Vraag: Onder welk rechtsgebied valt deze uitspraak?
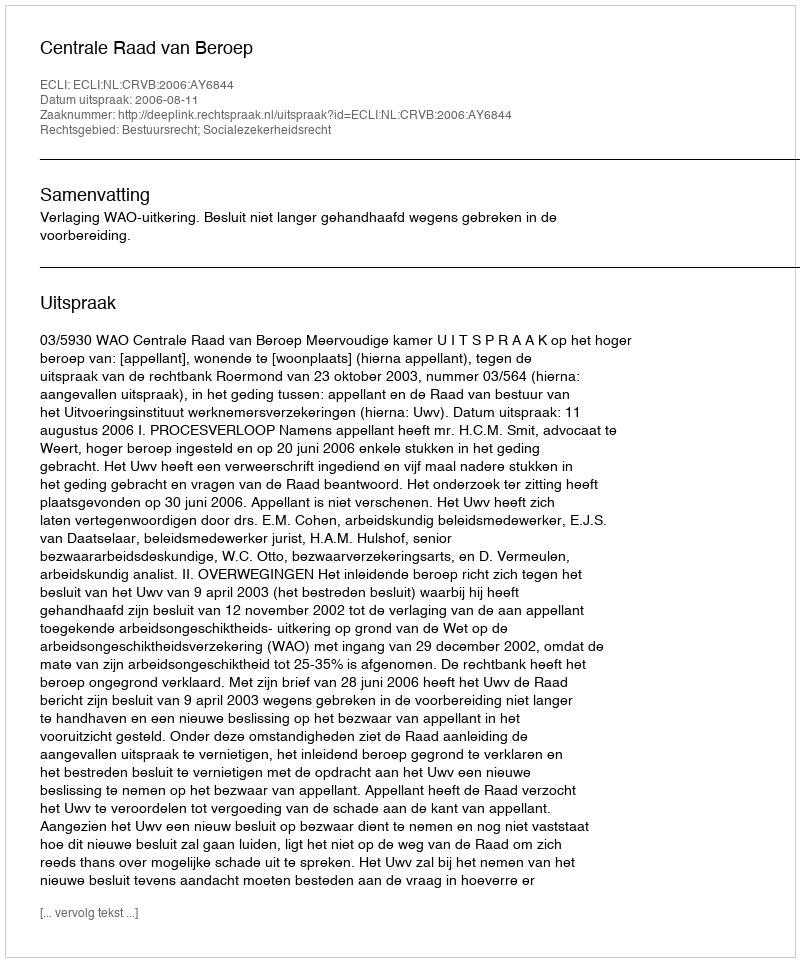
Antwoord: Bestuursrecht; Socialezekerheidsrecht